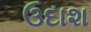
ઉદાશ